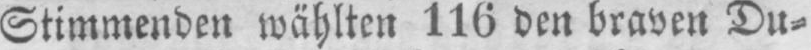
Stimmenden wählten 116 den braven Du⸗